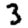
Digit: 3